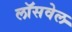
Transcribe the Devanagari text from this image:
लॉसवेल